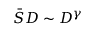
\bar { S } D \sim D ^ { \gamma }